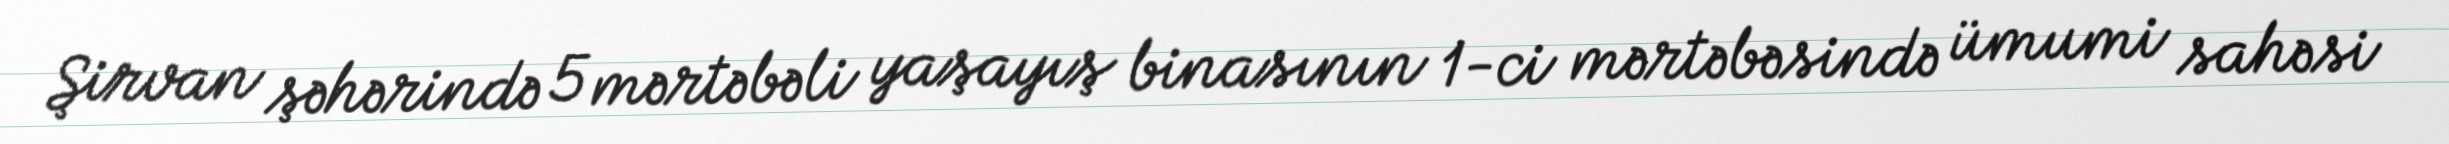
Şirvan şəhərində 5 mərtəbəli yaşayış binasının 1-ci mərtəbəsində ümumi sahəsi